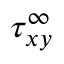
\tau _ { x y } ^ { \infty }